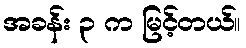
အခန်း ၃ က မြင့်တယ်။